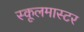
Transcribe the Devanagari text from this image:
स्कूलमास्टर